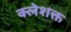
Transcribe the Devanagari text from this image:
क्लेशक्त